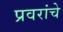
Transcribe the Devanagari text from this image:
प्रवरांचे